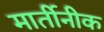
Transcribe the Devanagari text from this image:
मार्तीनीक